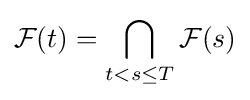
{\mathcal {F}}(t)=\bigcap _{t<s\leq T}{\mathcal {F}}(s)